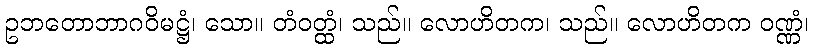
ဥဘတောဘာဂဝိမဋ္ဌံ၊ သော။ တံဝတ္ထံ၊ သည်။ လောဟိတက၊ သည်။ လောဟိတက ဝဏ္ဏံ၊